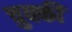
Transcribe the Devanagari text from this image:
चुक्की